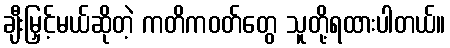
ချီးမြှင့်မယ်ဆိုတဲ့ ကတိကဝတ်တွေ သူတို့ရထားပါတယ်။